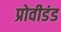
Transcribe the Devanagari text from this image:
प्रोवीडंड